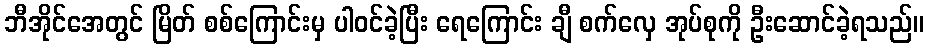
ဘီအိုင်အေတွင် မြိတ် စစ်ကြောင်းမှ ပါဝင်ခဲ့ပြီး ရေကြောင်း ချီ စက်လှေ အုပ်စုကို ဦးဆောင်ခဲ့ရသည်။